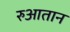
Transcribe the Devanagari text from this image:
रुआतान